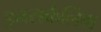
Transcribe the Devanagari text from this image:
इनसर्कलिंग